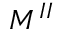
M ^ { I I }